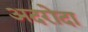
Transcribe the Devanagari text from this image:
अदरोदा